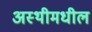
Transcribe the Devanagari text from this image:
अस्थीमधील